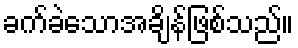
ခက်ခဲသောအချိန်ဖြစ်သည်။